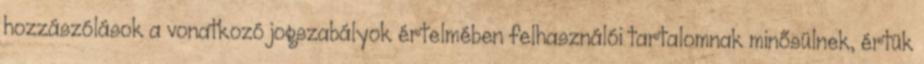
hozzászólások a vonatkozó jogszabályok értelmében felhasználói tartalomnak minősülnek, értük